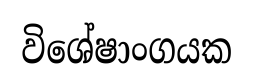
විශේෂාංගයක